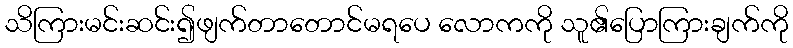
သိကြားမင်းဆင်း၍ဖျက်တာတောင်မရပေ လောကကို သူ၏ပြောကြားချက်ကို